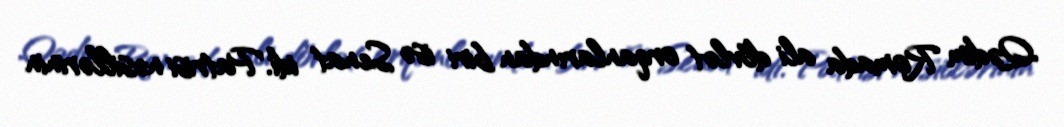
Qədim Romada ali dövlət orqanlarından biri isə Senat idi. Patrisi nəsillərinin